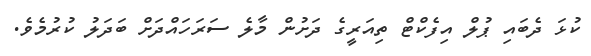
ކުޅަ ދެބައި ޕުލް އިފެކްޓް ތިއަރީގެ ދަށުން މާލެ ސަރަހައްދަށް ބަދަލު ކުުރުމެވެ.